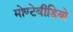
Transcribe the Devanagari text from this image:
मोण्टेवीडियो